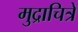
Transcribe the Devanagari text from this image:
मुद्राचित्रे